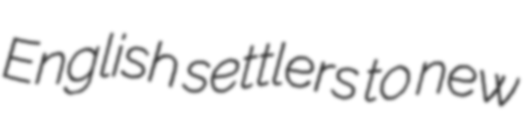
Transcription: English settlers to new